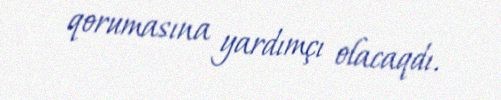
qorumasına yardımçı olacaqdı.